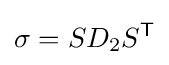
\sigma =SD_{2}S^{\mathsf {T}}